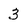
Character: 3